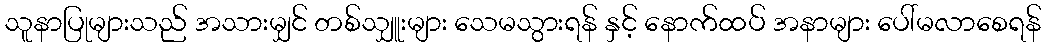
သူနာပြုများသည် အသားမျှင် တစ်သျှူးများ သေမသွားရန် နှင့် နောက်ထပ် အနာများ ပေါ်မလာစေရန်